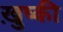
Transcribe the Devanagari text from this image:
ख़ुष्की